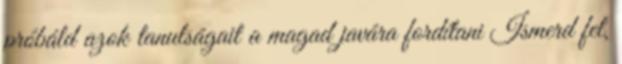
próbáld azok tanulságait a magad javára fordítani Ismerd fel,